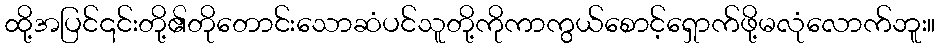
ထို့အပြင်၎င်းတို့၏တိုတောင်းသောဆံပင်သူတို့ကိုကာကွယ်စောင့်ရှောက်ဖို့မလုံလောက်ဘူး။